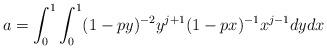
LaTeX: \begin{align*} & a = \int_0^{1} \int_0^{1} (1-p y)^{-2} y^{j+1} (1-px)^{-1} x^{j-1} dy dx \\\end{align*}